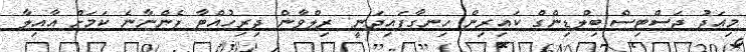
މިއަދު ޖަސްޓިސް ބިލްޑިންގް ކައިރިން ހިނގާފައިދަނީ: ރިލްވާން ދިރިހުއްޓާ ފެންނާނެ ކަމަށް އާއިލާ